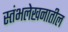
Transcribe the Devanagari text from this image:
स्तंभलेखनातील